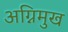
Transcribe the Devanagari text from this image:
अग्निमुख